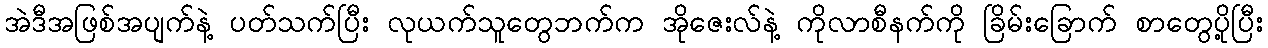
အဲဒီအဖြစ်အပျက်နဲ့ ပတ်သက်ပြီး လုယက်သူတွေဘက်က အိုဇေးလ်နဲ့ ကိုလာစီနက်ကို ခြိမ်းခြောက် စာတွေပို့ပြီး